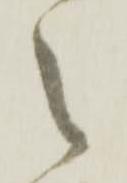
之